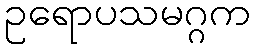
ဥရောပသမဂ္ဂက